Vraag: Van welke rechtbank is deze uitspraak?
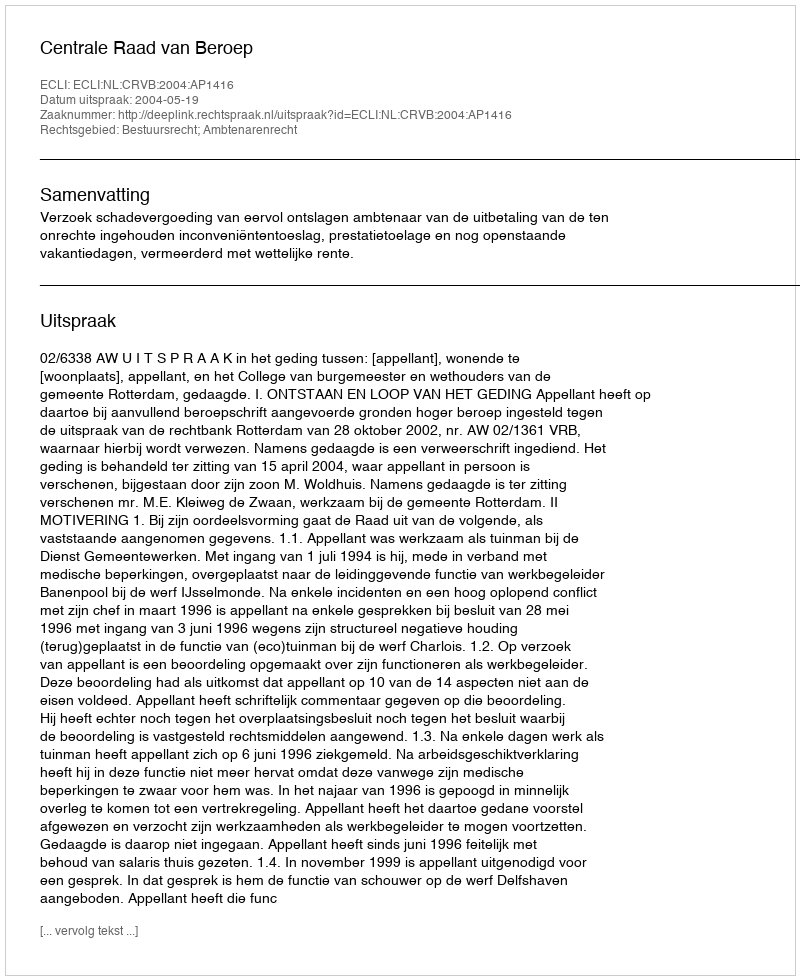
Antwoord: Centrale Raad van Beroep